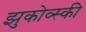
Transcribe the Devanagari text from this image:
झुकोव्स्की